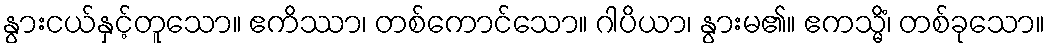
နွားငယ်နှင့်တူသော။ ဧကိဿာ၊ တစ်ကောင်သော။ ဂါပိယာ၊ နွားမ၏။ ဧကသ္မိံ၊ တစ်ခုသော။